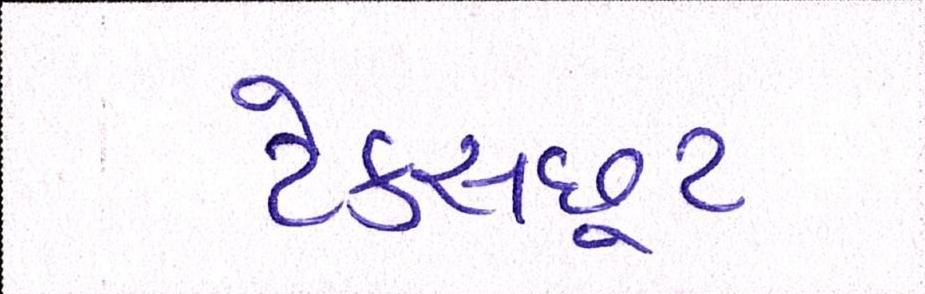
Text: ટેક્સછૂટ